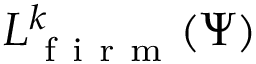
{ L } _ { \mathrm { ~ f ~ i ~ r ~ m ~ } } ^ { k } ( \Psi )